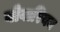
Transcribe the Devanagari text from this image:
बोवारियन